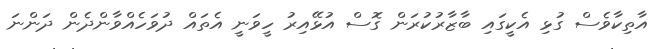
އާތިކާވެސް ގުޅި އެކީގައި ބާޒާރުކުރަން ގޮސް އުޅޭއިރު ހީވަނީ އެތައް ދުވަހެއްވާންދެން ދަންނަ